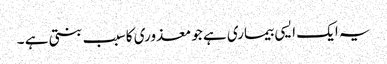
یہ ایک ایسی بیماری ہے جو معذوری کا سبب بنتی ہے ۔